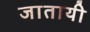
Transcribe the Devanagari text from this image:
जातायी